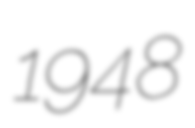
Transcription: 1948